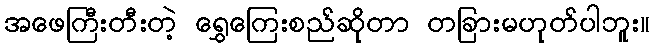
အဖေကြီးတီးတဲ့ ရွှေကြေးစည်ဆိုတာ တခြားမဟုတ်ပါဘူး။